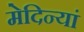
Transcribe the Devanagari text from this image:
मेदिन्यां